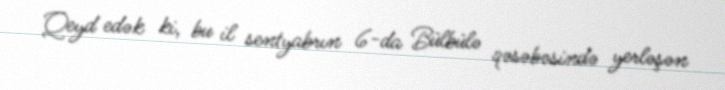
Qeyd edək ki, bu il sentyabrın 6-da Bülbülə qəsəbəsində yerləşən